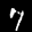
Label: 7